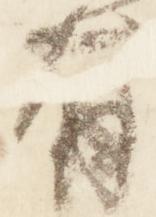
有